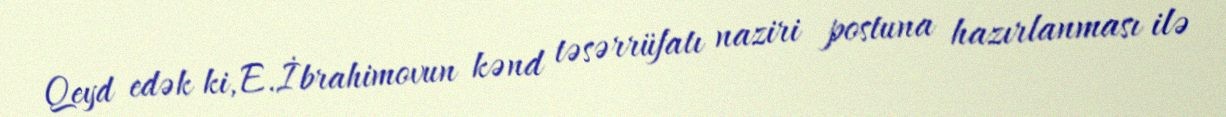
Qeyd edək ki, E.İbrahimovun kənd təsərrüfatı naziri postuna hazırlanması ilə